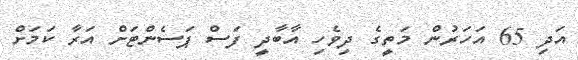
އަދި 65 އަހަރުން މަތީގެ ދިވެހި އާބާދީ ފަސް ޕަސެންޓަށް އަރާ ކަމަށް